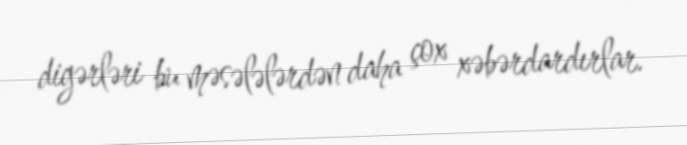
digərləri bu məsələlərdən daha çox xəbərdardırlar.